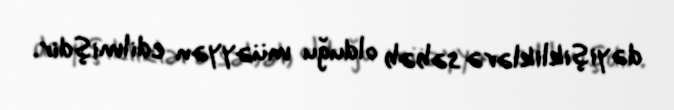
dəyişikliklərə səbəb olduğu müəyyən edilmişdir.